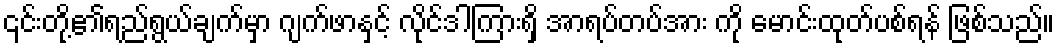
၎င်းတို့၏ရည်ရွယ်ချက်မှာ ဂျက်ဖာနှင့် လိုင်ဒါကြားရှိ အာရပ်တပ်အား ကို မောင်းထုတ်ပစ်ရန် ဖြစ်သည်။